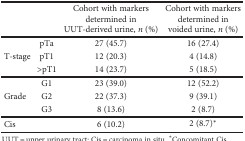
|  |  | Cohort with markers determined in UUT-derived urine, n (%) | Cohort with markers determined in voided urine, n (%) |
 | --- | --- | --- | --- |
 | <ROWSPAN=3> T-stage | pTa | 27 (45.7) | 16 (27.4) |
 | pT1 | 12 (20.3) | 4 (14.8) |
 | >pT1 | 14 (23.7) | 5 (18.5) |
 | <ROWSPAN=3> Grade | G1 | 23 (39.0) | 12 (52.2) |
 | G2 | 22 (37.3) | 9 (39.1) |
 | G3 | 8 (13.6) | 2 (8.7) |
 | <COLSPAN=2> Cis | 6 (10.2) | 2 (8.7)∗ |